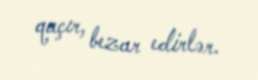
qaçır, bezar edirlər.